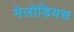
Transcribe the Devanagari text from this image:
मेलोडियस